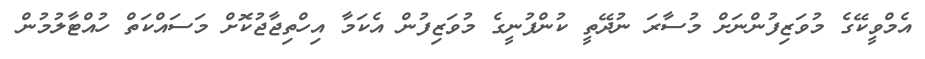
އެމްވީކޭގެ މުވަޒިފުންނަށް މުސާރަ ނުދޭތީ ކުންފުނީގެ މުވަޒިފުން އެކަމާ އިހްތިޖާޖުކޮށް މަސައްކަތް ހުއްޓާލުމުން